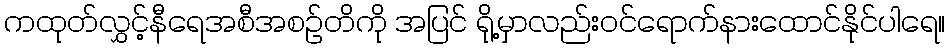
ကထုတ်လွှင့်နီရေအစီအစဉ်တိကို အပြင် ရို့မှာလည်းဝင်ရောက်နားထောင်နိုင်ပါရေ။